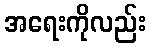
အရေးကိုလည်း